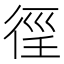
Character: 𢔉